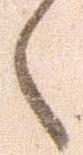
々